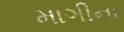
માગીના